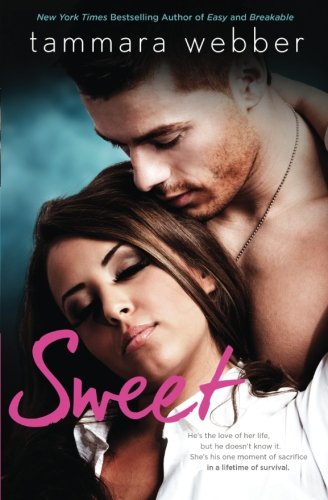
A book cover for Sweet (Contours of the Heart); Tammara Webber; Romance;